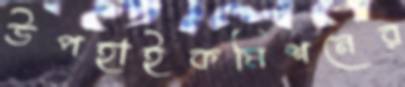
উপহাইকমিশনের